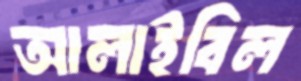
আলাইবিল